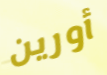
أورين